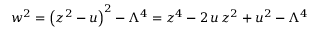
w ^ { 2 } = \left( z ^ { 2 } - u \right) ^ { 2 } - \Lambda ^ { 4 } = z ^ { 4 } - 2 \, u \, z ^ { 2 } + u ^ { 2 } - \Lambda ^ { 4 }